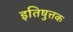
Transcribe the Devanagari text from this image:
इतिषुत्तक